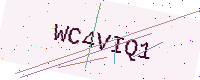
Text: WC4VIQ1